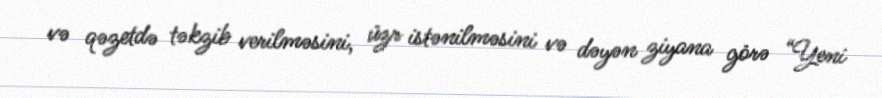
və qəzetdə təkzib verilməsini, üzr istənilməsini və dəyən ziyana görə “Yeni